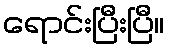
ရောင်းပြီးပြီ။